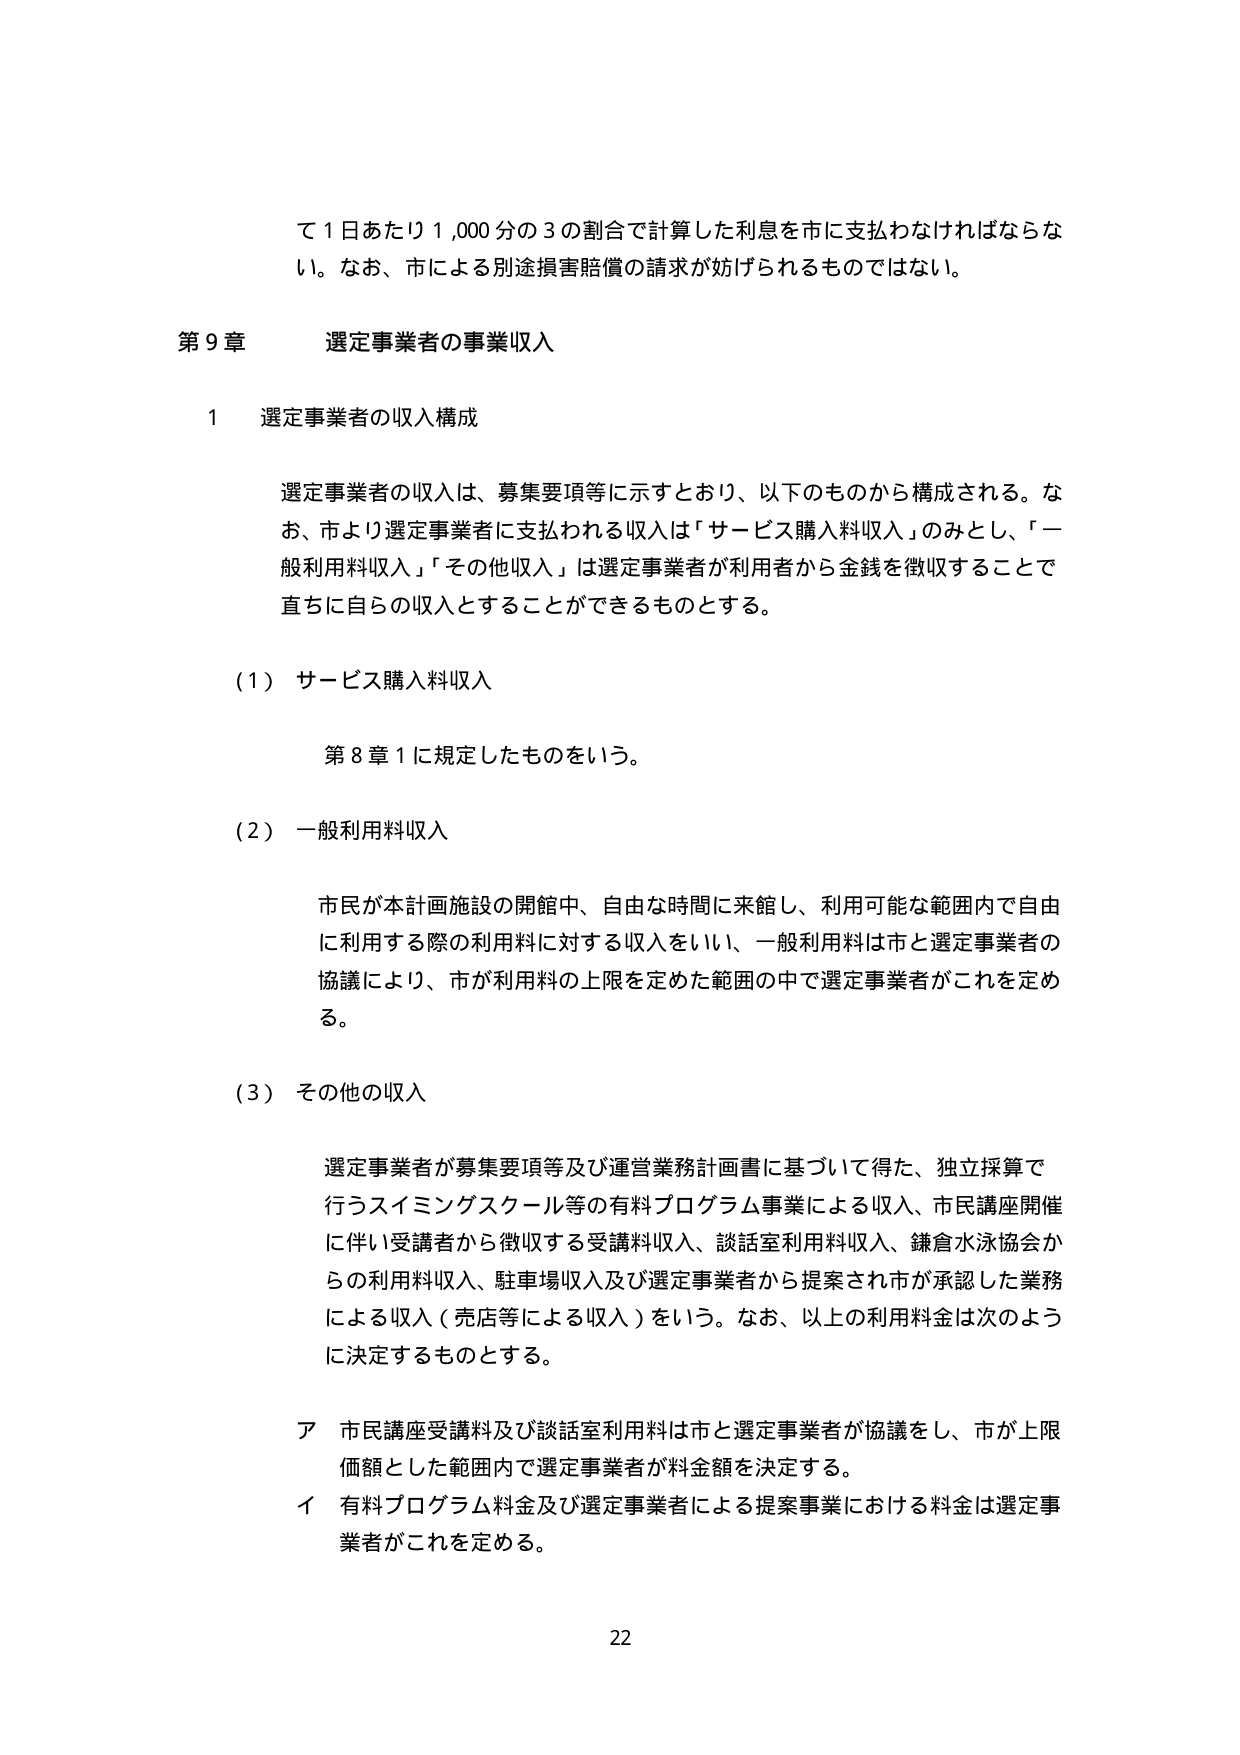
て１日あたり１,000分の３の割合で計算した利息を市に支払わなければならな
い。なお、市による別途損害賠償の請求が妨げられるものではない。

第９章 選定事業者の事業収入

１ 選定事業者の収入構成

選定事業者の収入は、募集要項等に示すとおり、以下のものから構成される。な
お、市より選定事業者に支払われる収入は「サービス購入料収入」のみとし、「一
般利用料収入」「その他収入」は選定事業者が利用者から金銭を徴収することで
直ちに自らの収入とすることができるものとする。

（１）サービス購入料収入

第８章１に規定したものを行う。

（２）一般利用料収入

市民が本計画施設の開館中、自由な時間に来館し、利用可能な範囲内で自由
に利用する際の利用料に対する収入をいい、一般利用料は市と選定事業者の
協議により、市が利用料の上限を定めた範囲の中で選定事業者がこれを定め
る。

（３）その他の収入

選定事業者が募集要項等及び運営業務計画書に基づいて得た、独立採算で
行うスイミングスクール等の有料プログラム事業による収入、市民講座開催
に伴い受講者から徴収する受講料収入、談話室利用料収入、鎌倉水泳協会か
らの利用料収入、駐車場収入及び選定事業者から提案され市が承認した業務
による収入（売店等による収入）をいう。なお、以上の利用料金は次のように
決定するものとする。

ア 市民講座受講料及び談話室利用料は市と選定事業者が協議をし、市が上限
価額とした範囲内で選定事業者が料金額を決定する。
イ 有料プログラム料金及び選定事業者による提案事業における料金は選定事
業者がこれを定める。

22